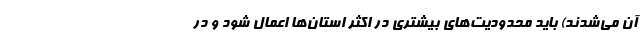
آن می‌شدند) باید محدودیت‌های بیشتری در اکثر استان‌ها اعمال شود و در